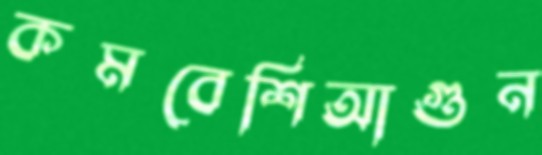
কমবেশিআগুন